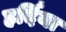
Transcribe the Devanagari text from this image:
हर्दिया